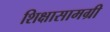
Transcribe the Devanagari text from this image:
शिक्षासामग्री